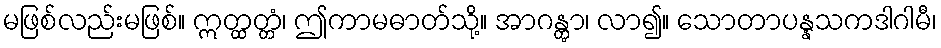
မဖြစ်လည်းမဖြစ်။ ဣတ္ထတ္တံ၊ ဤကာမဓာတ်သို့။ အာဂန္တွာ၊ လာ၍။ သောတာပန္နသကဒါဂါမီ၊